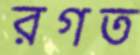
রগত